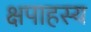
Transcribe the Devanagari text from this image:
क्षपाहस्य